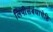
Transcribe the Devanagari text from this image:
लिपीसंबंधाचेहि